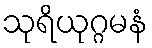
သုရိယုဂ္ဂမနံ